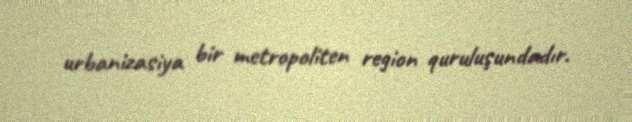
urbanizasiya bir metropoliten region quruluşundadır.